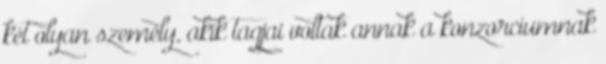
két olyan személy, akik tagjai voltak annak a konzorciumnak